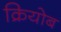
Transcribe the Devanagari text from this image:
क्रियोब